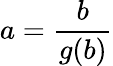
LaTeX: a=\frac{b}{g(b)}